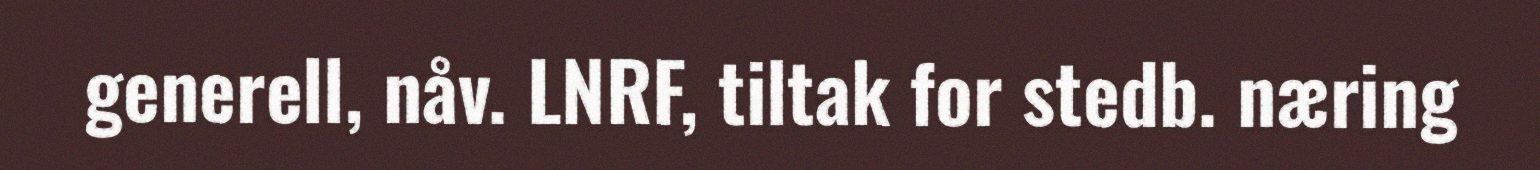
generell, nåv. LNRF, tiltak for stedb. næring